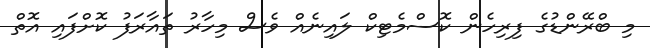
މި ބްރޭންޑުގެ ފިރިހެން ކޮސްމެޓިކް ލައިނެއް ވެސް މިހާރު ތައާރަފު ކޮށްފައި އޮތް